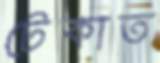
টেকাত